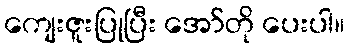
ကျေးဇူးပြုပြီး အော်တို ပေးပါ။